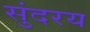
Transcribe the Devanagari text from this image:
सुंदरय